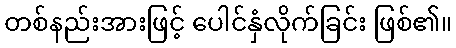
တစ်နည်းအားဖြင့် ပေါင်နှံလိုက်ခြင်း ဖြစ်၏။